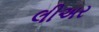
લીઅર